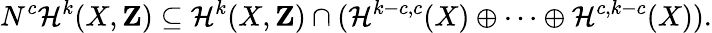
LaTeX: N^{c}\mathcal{H}^{k}(X,\mathbf{{Z}})\subseteq\mathcal{H}^{k}(X,\mathbf{{Z}})\cap(\mathcal{H}^{k-c,c}(X)\oplus\cdots\oplus\mathcal{H}^{c,k-c}(X)).